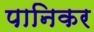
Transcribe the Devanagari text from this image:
पानिकर